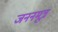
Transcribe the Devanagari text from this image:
जननमूत्र